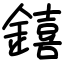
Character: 𨭎